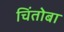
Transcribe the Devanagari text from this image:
चिंतोबा